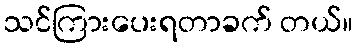
သင်ကြားပေးရတာခက် တယ်။